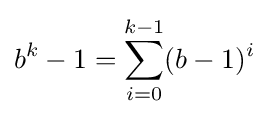
b^{k}-1=\sum _{i=0}^{k-1}(b-1)^{i}